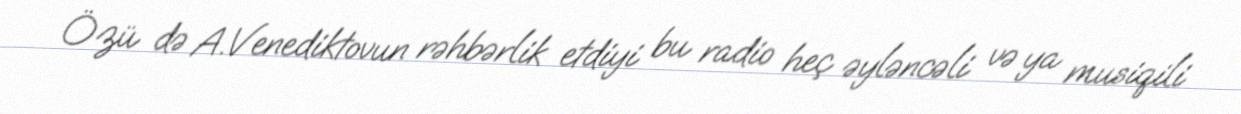
Özü də A.Venediktovun rəhbərlik etdiyi bu radio heç əyləncəli və ya musiqili